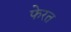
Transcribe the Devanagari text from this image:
फेरत